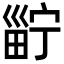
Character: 𤲑